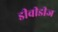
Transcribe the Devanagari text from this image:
डीवीडीज